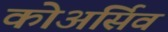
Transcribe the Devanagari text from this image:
कोअर्सिव